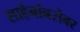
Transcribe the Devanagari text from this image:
साहेबांबरोबर